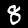
Digit: 8